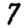
Digit: 7